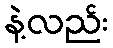
နဲ့လည်း